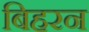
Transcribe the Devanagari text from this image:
बिहरन